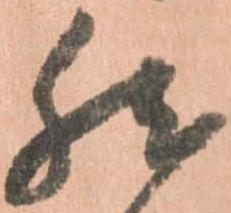
然